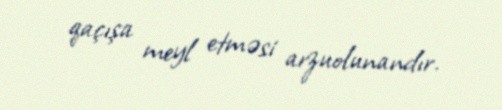
qaçışa meyl etməsi arzuolunandır.